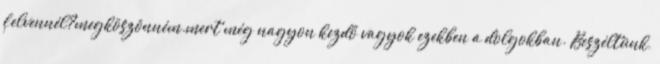
felvennél?megköszönném.mert még nagyon kezdő vagyok ezekben a dolgokban. Beszéltünk,